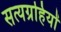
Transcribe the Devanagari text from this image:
सत्यग्रहियों